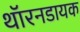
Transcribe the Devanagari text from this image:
थॉरनडायक